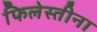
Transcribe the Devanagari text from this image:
फिलेस्तीना